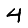
Digit: 4